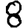
Digit: 8